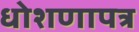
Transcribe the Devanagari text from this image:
धोशणापत्र